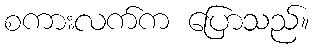
စကားလက်က ပြောသည်။